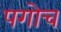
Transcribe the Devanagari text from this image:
पगोच